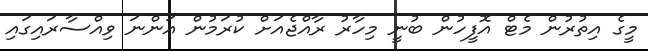
މީގެ އިތުރުން މެޓް އޮފީހުން ބުނީ މިހާރު ރާއްޖެއަށް ކުރަމުން އަންނަ ވިއްސާރައިގައި